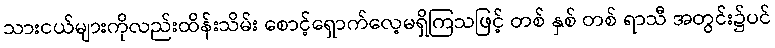
သားငယ်များကိုလည်းထိန်းသိမ်း စောင့်ရှောက်လေ့မရှိကြသဖြင့် တစ် နှစ် တစ် ရာသီ အတွင်း၌ပင်